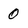
Character: 0